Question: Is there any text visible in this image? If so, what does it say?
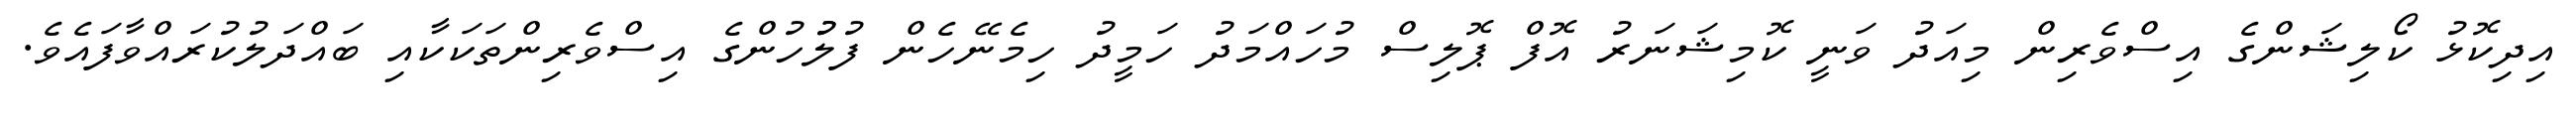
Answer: އިދިކޮޅު ކޯލިޝަންގެ އިސްވެރިން މިއަދު ވަނީ ކޮމިޝަނަރު އޮފް ޕޮލިސް މުހައްމަދު ހަމީދު ހިމެނޭހެން ފުލުުހުންގެ އިސްވެރިންތަކަކާއި ބައްދަލުކުރައްވާފައެވެ.